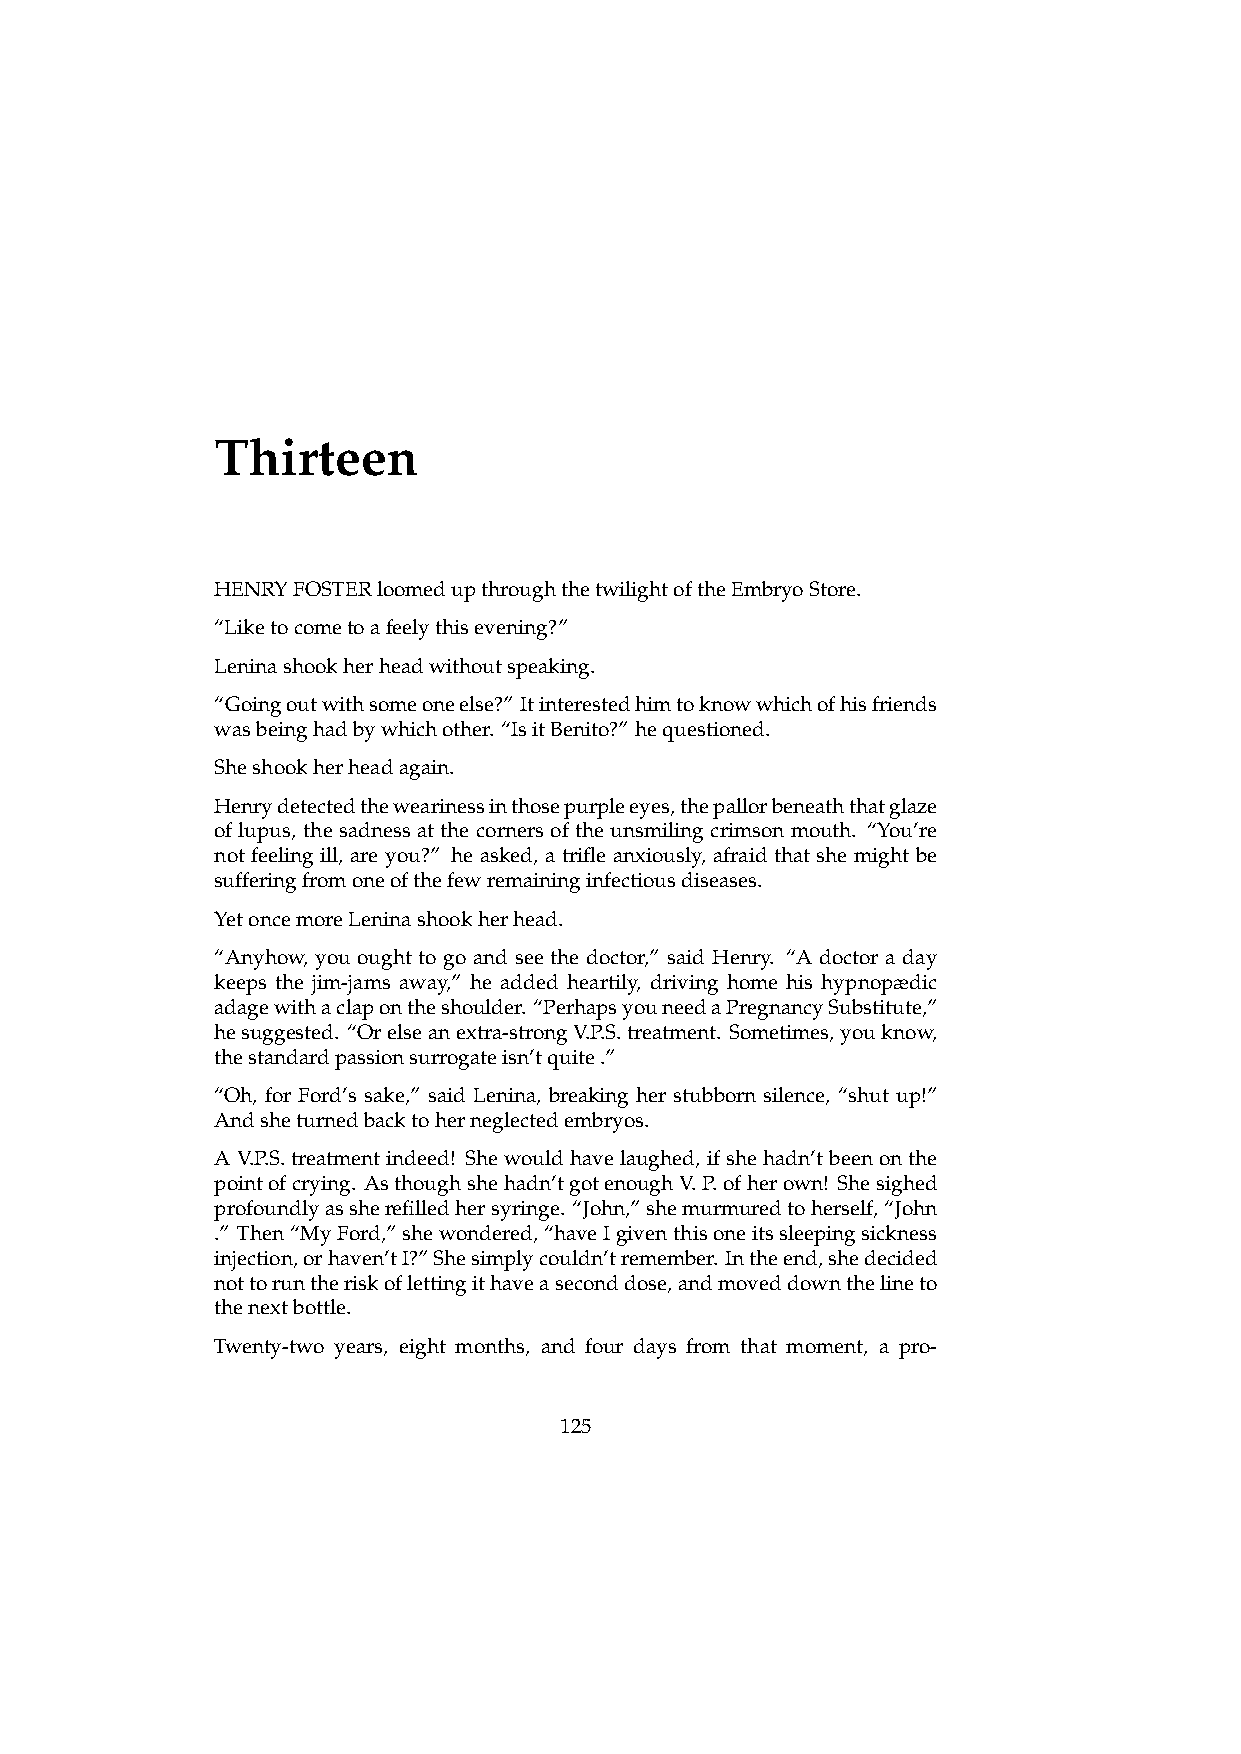
Thirteen
 HENRYFOSTERloomedupthroughthetwilightoftheEmbryoStore.
 “Liketocometoafeelythisevening?”
 Leninashookherheadwithoutspeaking.
 “Goingoutwithsomeoneelse?” Itinterestedhimtoknowwhichofhisfriends
 wasbeinghadbywhichother. “IsitBenito?” hequestioned.
 Sheshookherheadagain.
 Henrydetectedthewearinessinthosepurpleeyes,thepallorbeneaththatglaze
 of lupus, the sadness at the corners of the unsmiling crimson mouth. “You’re
 not feeling ill, are you?” he asked, a trifle anxiously, afraid that she might be
 sufferingfromoneofthefewremaininginfectiousdiseases.
 YetoncemoreLeninashookherhead.
 “Anyhow, you ought to go and see the doctor,” said Henry. “A doctor a day
 keeps the jim-jams away,” he added heartily, driving home his hypnopædic
 adagewithaclapontheshoulder. “PerhapsyouneedaPregnancySubstitute,”
 hesuggested. “Orelseanextra-strongV.P.S.treatment. Sometimes,youknow,
 thestandardpassionsurrogateisn’tquite.”
 “Oh, for Ford’s sake,” said Lenina, breaking her stubborn silence, “shut up!”
 Andsheturnedbacktoherneglectedembryos.
 AV.P.S.treatmentindeed! Shewouldhavelaughed, ifshehadn’tbeenonthe
 pointofcrying. Asthoughshehadn’tgotenoughV.P.ofherown! Shesighed
 profoundlyassherefilledhersyringe. “John,”shemurmuredtoherself,“John
 .” Then“MyFord,”shewondered,“haveIgiventhisoneitssleepingsickness
 injection,orhaven’tI?”Shesimplycouldn’tremember. Intheend,shedecided
 nottoruntheriskoflettingithaveaseconddose,andmoveddownthelineto
 thenextbottle.
 Twenty-two years, eight months, and four days from that moment, a pro-
 125